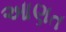
આણત